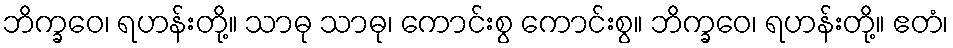
ဘိက္ခဝေ၊ ရဟန်းတို့။ သာဓု သာဓု၊ ကောင်းစွ ကောင်းစွ။ ဘိက္ခဝေ၊ ရဟန်းတို့။ ဧတံ၊